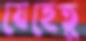
যেহেতু